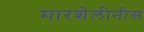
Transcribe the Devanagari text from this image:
मारशेलीनीस